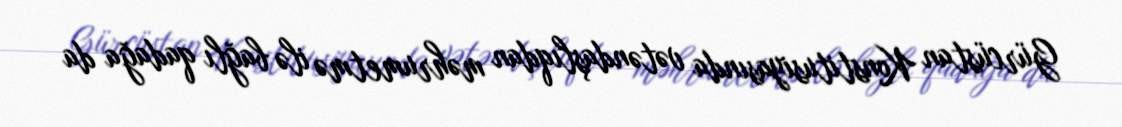
Gürcüstan Konstitusiyasında vətəndaşlıqdan məhrumetmə ilə bağlı qadağa da